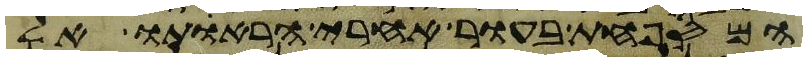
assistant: המספחת בעור אחרי הראתו אל